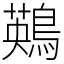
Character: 鶧